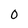
Character: 0